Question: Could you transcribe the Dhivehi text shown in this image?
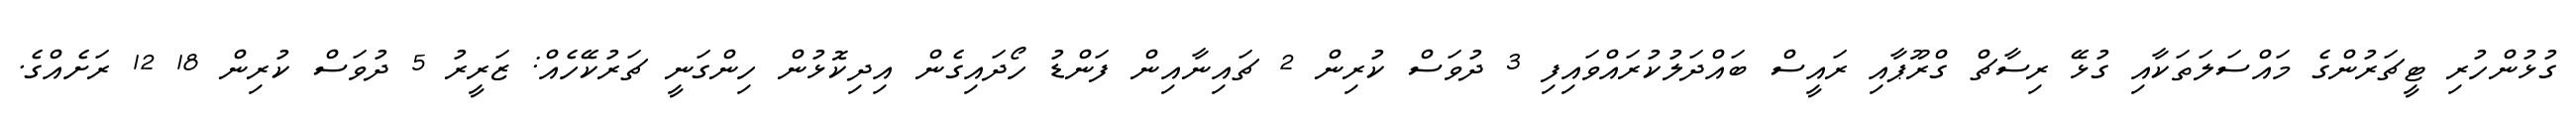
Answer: ގުޅުންހުރި ޓީޗަރުންގެ މައްސަލަތަކާއި ގުޅޭ ރިސާޗް ގްރޫޕާއި ރައީސް ބައްދަލުކުރައްވައިފި 3 ދުވަސް ކުރިން 2 ޗައިނާއިން ފަންޑު ހޯދައިގެން އިދިކޮޅުން ހިންގަނީ ޗަރުކޭހެއް: ޒަރީރު 5 ދުވަސް ކުރިން 18 12 ރަށެއްގެ.